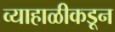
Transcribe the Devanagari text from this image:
व्याहाळीकडून